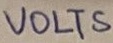
Text: VOLTS